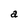
Character: a